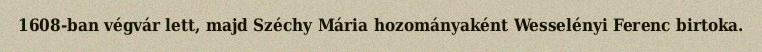
1608-ban végvár lett, majd Széchy Mária hozományaként Wesselényi Ferenc birtoka.